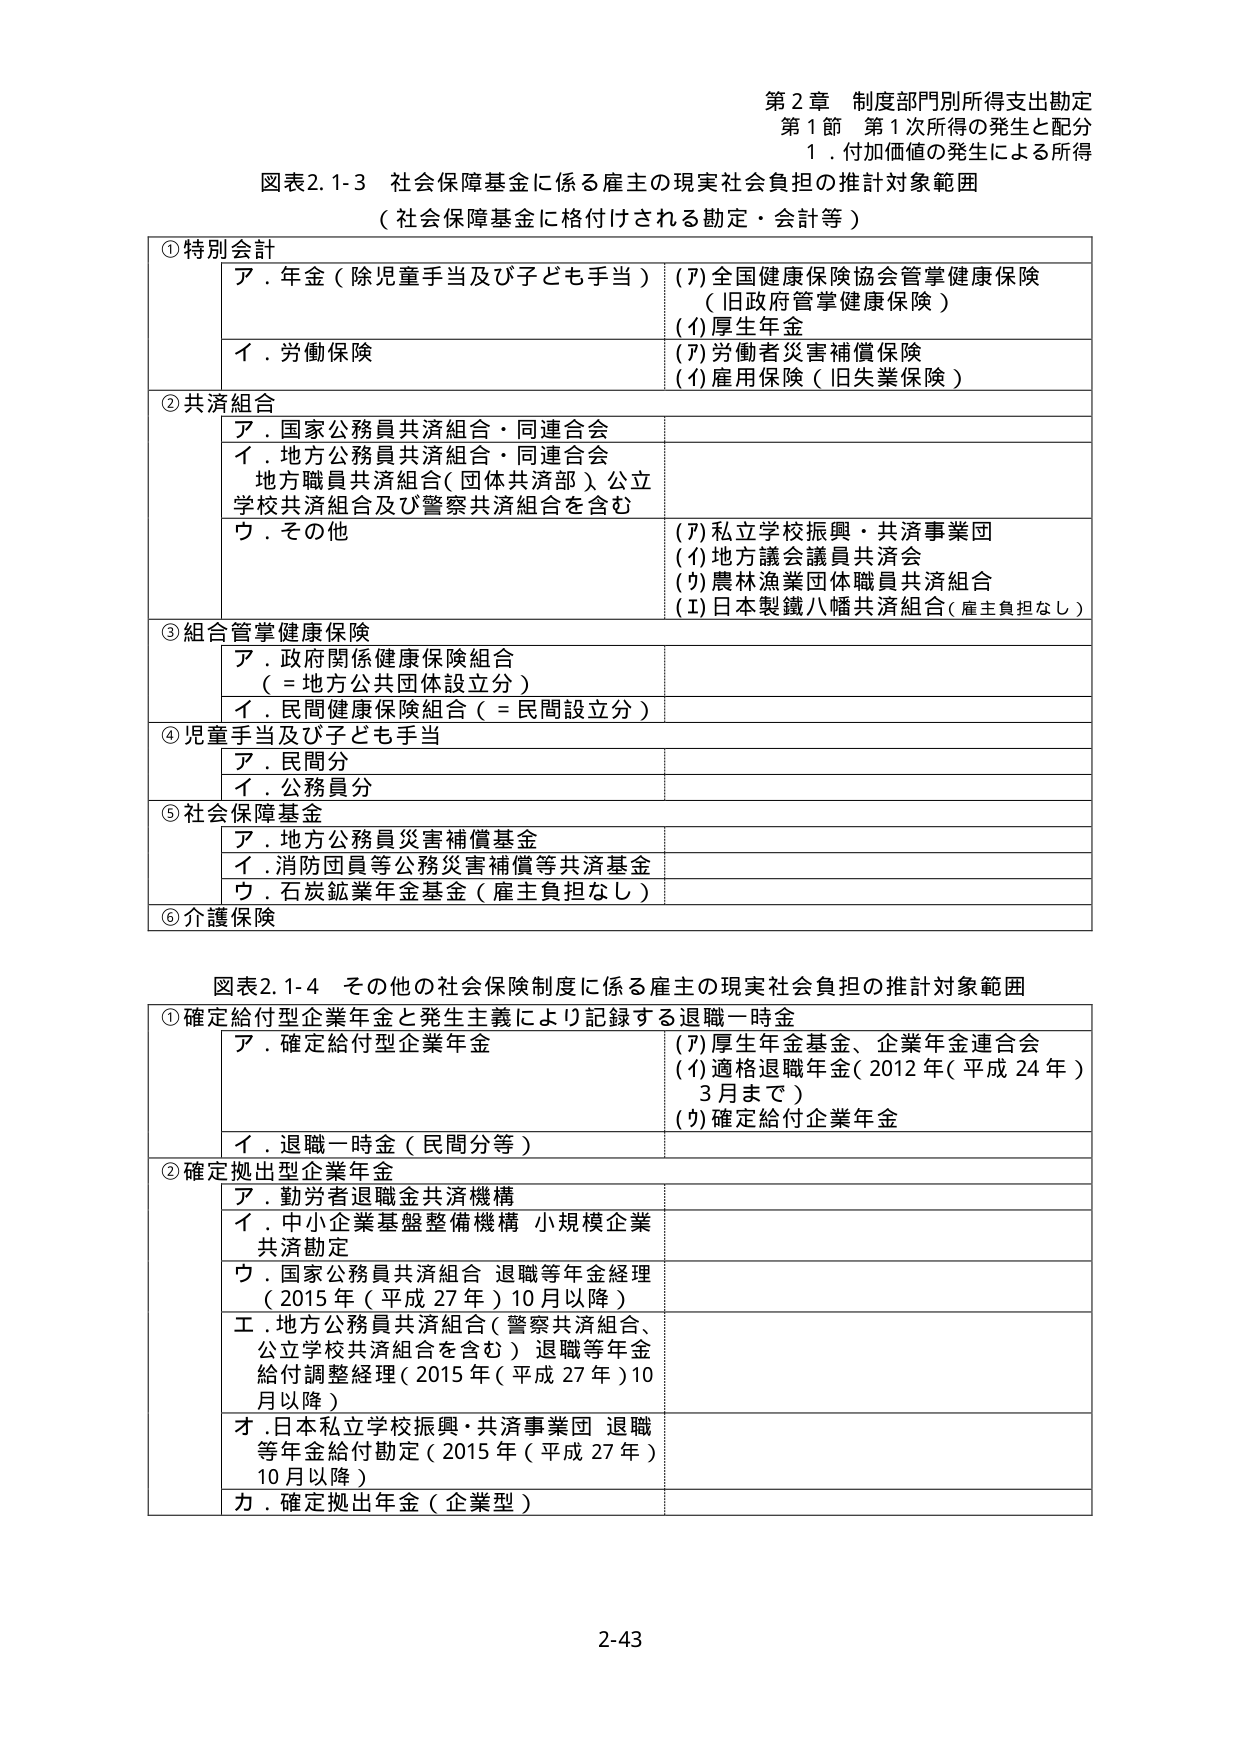
第２章 制度部門別所得支出勘定
第１節 第１次所得の発生と配分
１．付加価値の発生による所得

図表2.1-3 社会保障基金に係る雇主の現実社会負担の推計対象範囲
（社会保障基金に格付けされる勘定・会計等）

①特別会計
　ア．年金（除児童手当及び子ども手当）　(ｱ)全国健康保険協会管掌健康保険
　　　　　　　　　　　　　　　　　　　　（旧政府管掌健康保険）
　　　　　　　　　　　　　　　　　　　　(ｲ)厚生年金
　イ．労働保険　　　　　　　　　　　　　(ｱ)労働者災害補償保険
　　　　　　　　　　　　　　　　　　　　(ｲ)雇用保険（旧失業保険）

②共済組合
　ア．国家公務員共済組合・同連合会
　イ．地方公務員共済組合・同連合会
　　　地方職員共済組合（団体共済部）、公立
　　　学校共済組合及び警察共済組合を含む
　ウ．その他　　　　　　　　　　　　　　(ｱ)私立学校振興・共済事業団
　　　　　　　　　　　　　　　　　　　　(ｲ)地方議会議員共済会
　　　　　　　　　　　　　　　　　　　　(ｳ)農林漁業団体職員共済組合
　　　　　　　　　　　　　　　　　　　　(ｴ)日本製鉄八幡共済組合（雇主負担なし）

③組合管掌健康保険
　ア．政府関係健康保険組合
　　　（＝地方公共団体設立分）
　イ．民間健康保険組合（＝民間設立分）

④児童手当及び子ども手当
　ア．民間分
　イ．公務員分

⑤社会保障基金
　ア．地方公務員災害補償基金
　イ．消防団員等公務災害補償等共済基金
　ウ．石炭鉱業年金基金（雇主負担なし）

⑥介護保険

図表2.1-4 その他の社会保険制度に係る雇主の現実社会負担の推計対象範囲

①確定給付型企業年金と発生主義により記録する退職一時金
　ア．確定給付型企業年金　　　　　　　　(ｱ)厚生年金基金、企業年金連合会
　　　　　　　　　　　　　　　　　　　　(ｲ)適格退職年金（2012年（平成24年）
　　　　　　　　　　　　　　　　　　　　　3月まで）
　　　　　　　　　　　　　　　　　　　　(ｳ)確定給付企業年金
　イ．退職一時金（民間分等）

②確定拠出型企業年金
　ア．勤労者退職金共済機構
　イ．中小企業基盤整備機構 小規模企業
　　　共済勘定
　ウ．国家公務員共済組合 退職等年金経理
　　　（2015年（平成27年）10月以降）
　エ．地方公務員共済組合（警察共済組合、
　　　公立学校共済組合を含む）退職等年金
　　　給付調整経理（2015年（平成27年）10
　　　月以降）
　オ．日本私立学校振興・共済事業団 退職
　　　等年金給付勘定（2015年（平成27年）
　　　10月以降）
　カ．確定拠出年金（企業型）

2-43